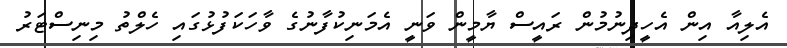
އެލިއާ އިން އެހީދިނުމުން ރައީސް ޔާމީން ވަނީ އެމަނިކުފާނުގެ ވާހަކަފުޅުގައި ހެލްތު މިނިސްޓަރު